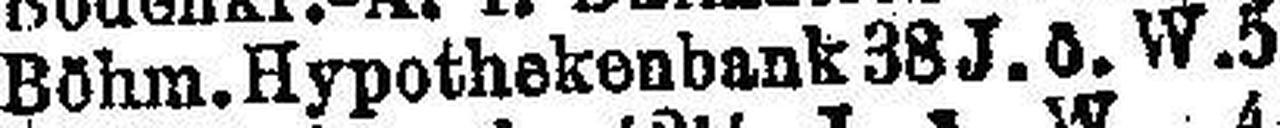
Böhm. Hypothekenbank 38 J. ö. W. 5